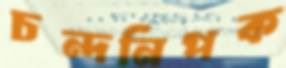
চন্দনিপক